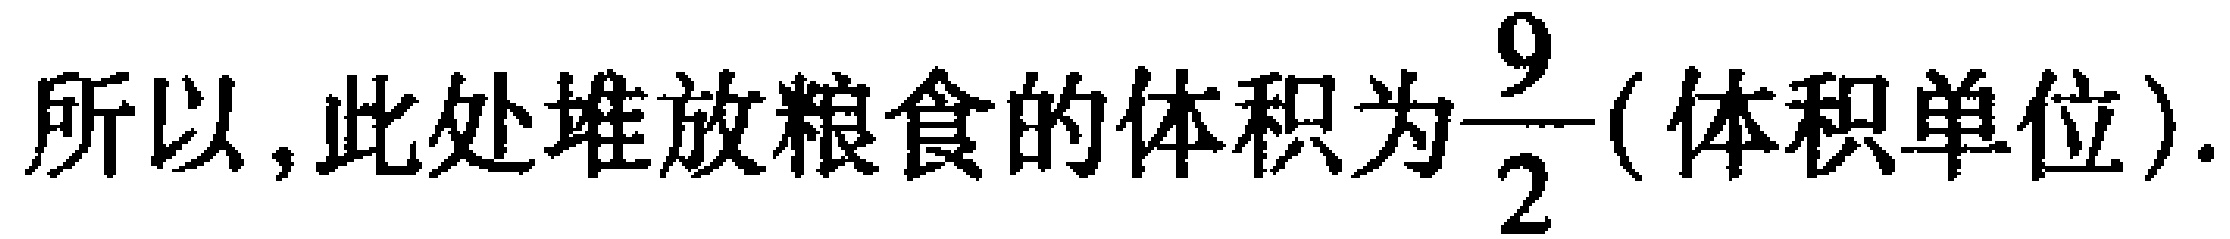
所以, 此处堆放粮食的体积为$\dfrac{9}{2}$(体积单位).